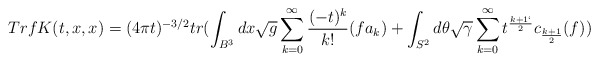
\begin{align*}Tr f K(t,x,x)=(4\pi t) ^{-3/2}tr (\int_{B^{3}}dx\sqrt{g}\sum_{k=0}^{\infty}\frac{(-t) ^{k}}{k!}(fa_{k})+\int_{S^{2}}d\theta \sqrt{\gamma}\sum_{k=0}^{\infty}t^{\frac{k+1`}{2}}c_{\frac{k+1}{2}}(f))\end{align*}